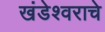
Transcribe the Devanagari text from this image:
खंडेश्वराचे